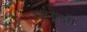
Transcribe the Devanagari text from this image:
मृगाक्षी